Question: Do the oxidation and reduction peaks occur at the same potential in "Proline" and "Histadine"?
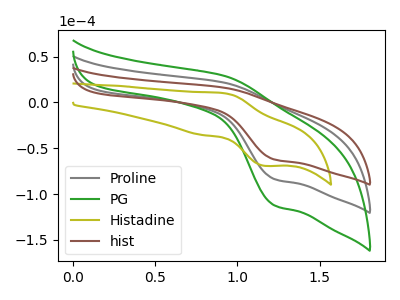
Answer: <think>The gray curve "Proline" has an anodic peak at (0.90V, 21.50uA) and a cathodic peak at (1.25V, -83.70uA). The green curve "PG" has an anodic peak at (0.90V, 43.05uA) and a cathodic peak at (1.25V, -167.40uA). The olive curve "Histadine" has an anodic peak at (0.90V, 10.40uA) and a cathodic peak at (1.15V, -69.25uA). The brown curve "hist" has an anodic peak at (0.90V, 16.00uA) and a cathodic peak at (1.25V, -62.35uA).</think>
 <answer>Yes, "Proline" have a peak in "Histadine" at the same potential.</answer>
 <eval>match</eval>